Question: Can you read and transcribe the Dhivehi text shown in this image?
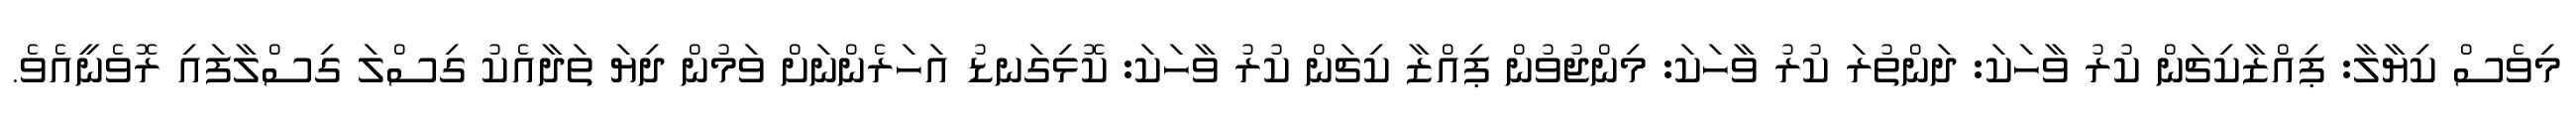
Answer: މިވެސް ކިޔާލާ: ޕިއްޒާކިޗަން ކުރު ވާހަކަ: ދަންތުރަ ކުރު ވާހަކަ: މިންޖުވުން ޕިއްޒާ ކިޗަން ކުރު ވާހަކަ: ކޮޅިގަނޑު އަހަރެންނަށް ވަމުން ދިޔަ ތަދާއެކު ގިސްލަ ގިސްލާފައި ރޮވެނީއެވެ.